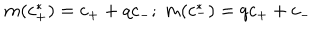
m ( c _ { + } ^ { * } ) = c _ { + } + q c _ { - } ; \ m ( c _ { - } ^ { * } ) = q c _ { + } + c _ { - }